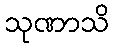
သုဏာသိ